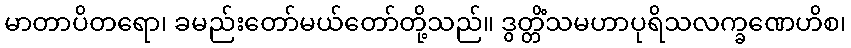
မာတာပိတရော၊ ခမည်းတော်မယ်တော်တို့သည်။ ဒွတ္တိံသမဟာပုရိသလက္ခဏေဟိစ၊